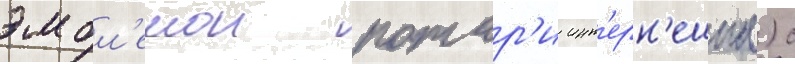
эмбл'емои ротар'и инт'ерн'ешнл) с